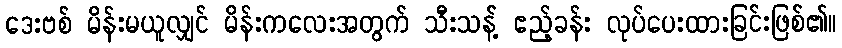
ဒေးဗစ် မိန်းမယူလျှင် မိန်းကလေးအတွက် သီးသန့် ဧည့်ခန်း လုပ်ပေးထားခြင်းဖြစ်၏။